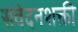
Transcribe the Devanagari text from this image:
संवेदनशक्ती